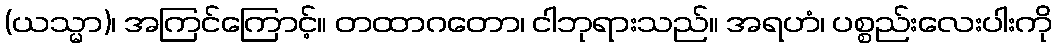
(ယသ္မာ)၊ အကြင်ကြောင့်။ တထာဂတော၊ ငါဘုရားသည်။ အရဟံ၊ ပစ္စည်းလေးပါးကို